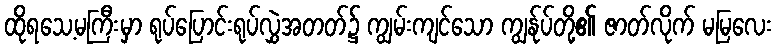
ထိုရသေ့မကြီးမှာ ရုပ်ပြောင်းရုပ်လွှဲအတတ်၌ ကျွမ်းကျင်သော ကျွန်ုပ်တို့၏ ဇာတ်လိုက် မမြလေး